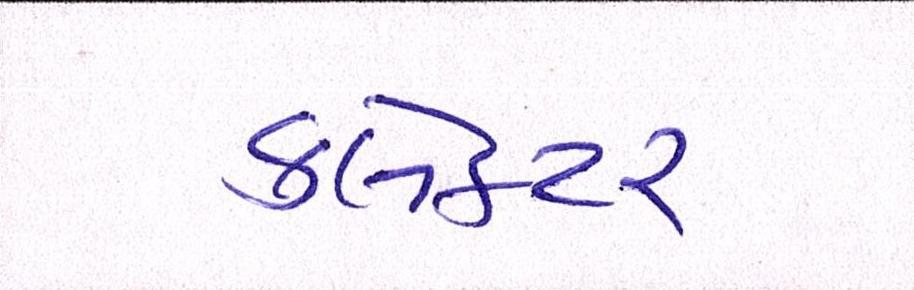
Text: ક્લેક્ટર